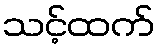
သင့်ထက်